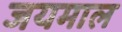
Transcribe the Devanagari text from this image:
जयमाल